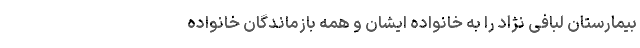
بیمارستان لبافی نژاد را به خانواده ایشان و همه بازماندگان خانواده